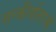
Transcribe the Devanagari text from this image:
सन्कीर्णताओ